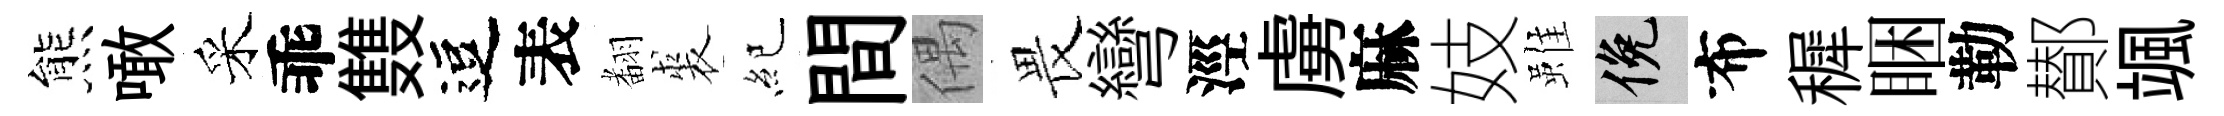
熊噉采乖䨇逗表𮋒裘紀間偶畏彎涇虜麻妓雖俯布穉睏勒鄼颯